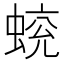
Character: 𧍄